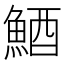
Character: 鯂